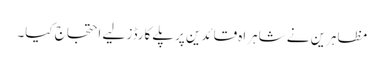
مظاہرین نے شاہراہ قائدین پرپلے کارڈز لیے احتجاج کیا۔